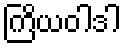
ကြိယဝါဒါ